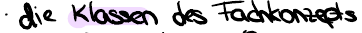
die Klassen des Fachkonzepts